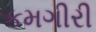
કમગીરી